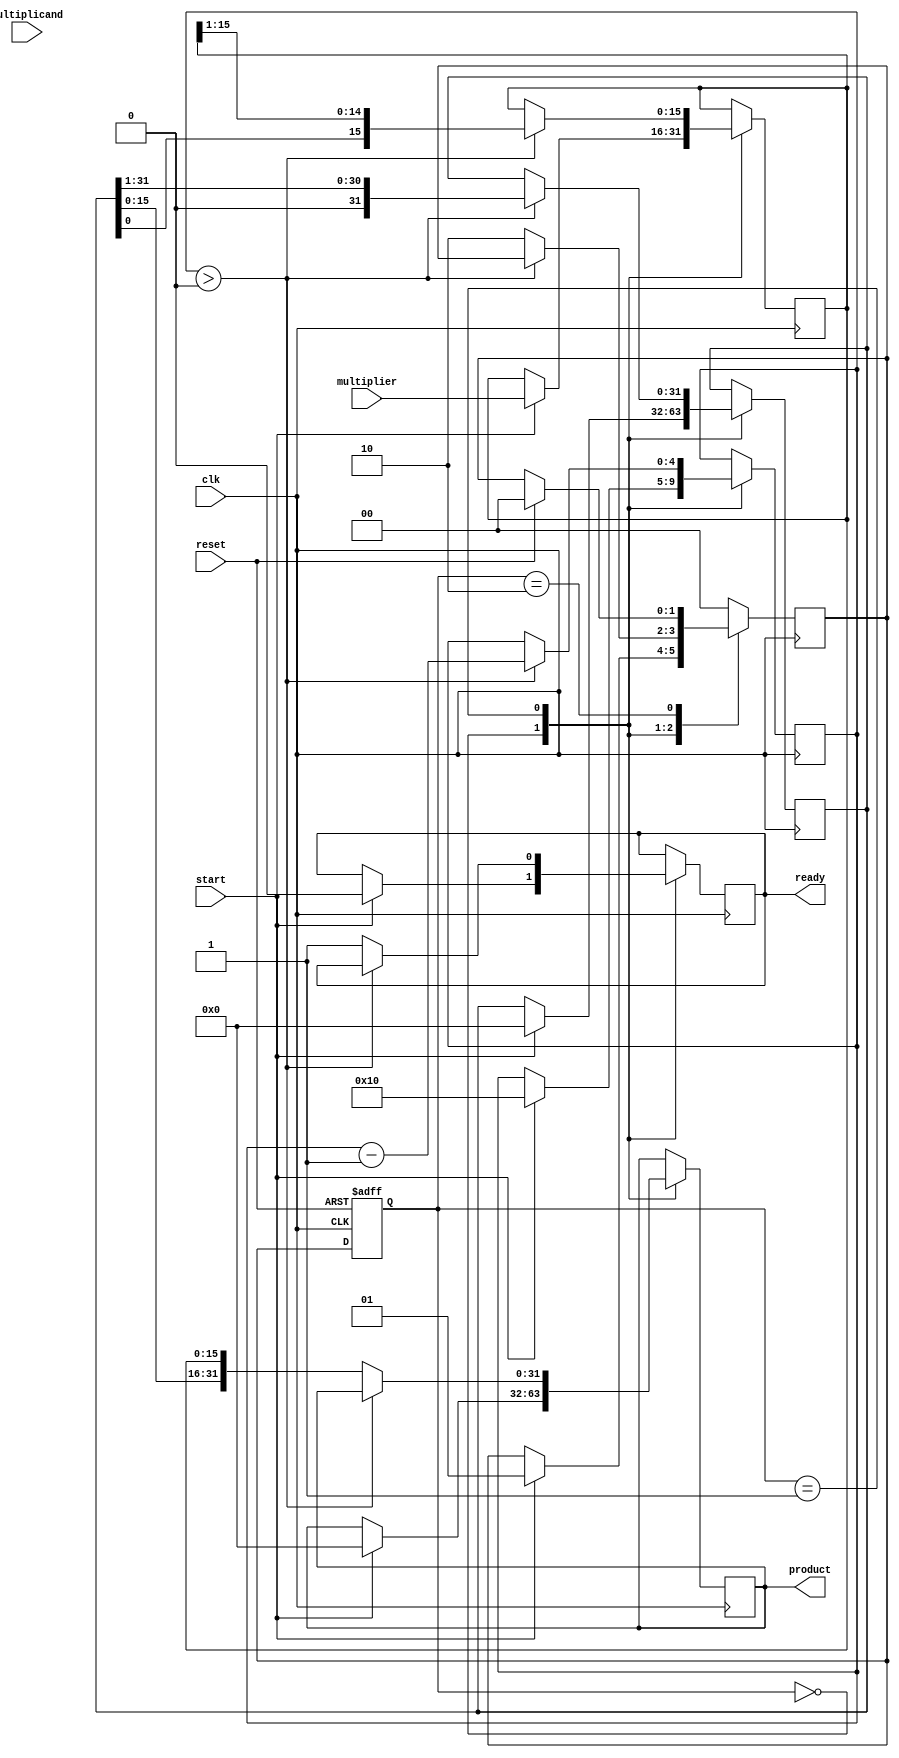
module booth_multiplier (
    input wire clk,
    input wire reset,
    input wire start,
    input wire signed [15:0] multiplicand, // 16-bit signed multiplicand
    input wire signed [15:0] multiplier,    // 16-bit signed multiplier
    output reg signed [31:0] product,       // 32-bit signed product
    output reg ready                         // Indicates when multiplication is complete
);

    // Registers
    reg signed [15:0] A;   // Multiplicand
    reg signed [15:0] Q;   // Multiplier
    reg Q_minus_1;         // Previous bit of Q
    reg signed [31:0] M;   // Accumulator
    reg [4:0] count;       // Counter for bits processed
    
    // State definitions
    parameter IDLE = 2'b00, RUN = 2'b01, DONE = 2'b10;
    reg [1:0] state, next_state;

    // Sequential logic to handle state transitions
    always @(posedge clk or posedge reset) begin
        if (reset) begin
            state <= IDLE;
        end else begin
            state <= next_state;
        end
    end

    // Control logic
    always @(posedge clk) begin
        case (state)
            IDLE: begin
                if (start) begin
                    // Initialize registers
                    A <= multiplicand;
                    Q <= multiplier;
                    Q_minus_1 <= 0;
                    M <= 0;
                    count <= 16; // Assuming 16-bit inputs
                    product <= 0;
                    ready <= 0;
                    next_state <= RUN;
                end
            end
            
            RUN: begin
                if (count > 0) begin
                    case ({Q[0], Q_minus_1}) // Check last two bits of Q
                        2'b01: M <= M + A;          // Add A to M
                        2'b10: M <= M - A;          // Subtract A from M
                        default: ;                   // No operation
                    endcase
                    
                    // Right shift operation
                    {M, Q, Q_minus_1} <= {M, Q, Q_minus_1} >> 1; // Arithmetic right shift
                    Q_minus_1 <= Q[0]; // Update Q_minus_1 with the current Q[0]
                    count <= count - 1; // Decrement bit count
                end else begin
                    product <= {M, Q}; // Combine M and Q for the final product
                    ready <= 1;        // Indicate done
                    next_state <= DONE;
                end
            end
            
            DONE: begin
                if (reset) begin
                    next_state <= IDLE; // Go back to IDLE on reset
                end
            end
            
            default: next_state <= IDLE;
        endcase
    end

endmodule